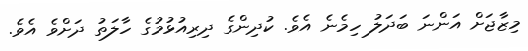
މިޒާޖަށް އަންނަ ބަދަލު ހިމެނެ އެވެ. ކުދިންގެ ދިރިއުޅުމުގެ ހާލަތު ދަށްވެ އެވެ.